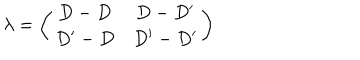
LaTeX: \lambda = \left( \begin{array} { c c } { { D - D } } & { { D - D ^ { \prime } } } \\ { { D ^ { \prime } - D } } & { { D ^ { \prime } - D ^ { \prime } } } \\ \end{array} \right)